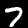
Label: 7